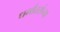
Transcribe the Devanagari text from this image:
धर्मांतरांच्या